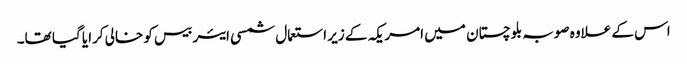
اس کے علاوہ صوبہ بلوچستان میں امریکہ کے زیر استعمال شمسی ایئر بیس کو خالی کرایا گیا تھا۔